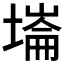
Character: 𡐇